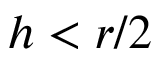
h < r / 2